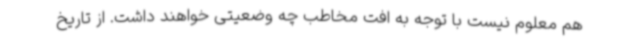
هم معلوم نیست با توجه به افت مخاطب چه وضعیتی خواهند داشت. از تاریخ